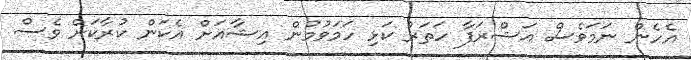
އެހެން ނަމަވެސް އަޝްރަފާ ހަތަރު ކަޅި ހަމަވުމުން އިޝާއަށް އެކަން ކުރާކަށް ވެސް